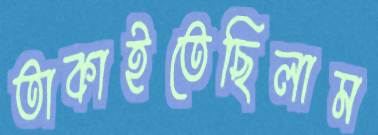
তাকাইতেছিলাম